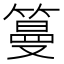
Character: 𥲑